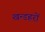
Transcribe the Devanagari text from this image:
खन्डहरों